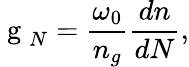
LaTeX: \mathrm{~g~}_{N}=\frac{\omega_{0}}{n_{g}}\frac{dn}{dN},